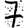
Digit: 7